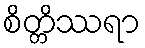
စိတ္တိဿရာ